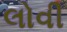
લોવી